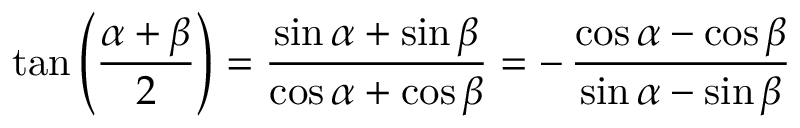
\tan \left( { \frac { \alpha + \beta } { 2 } } \right) = { \frac { \sin \alpha + \sin \beta } { \cos \alpha + \cos \beta } } = - \, { \frac { \cos \alpha - \cos \beta } { \sin \alpha - \sin \beta } }